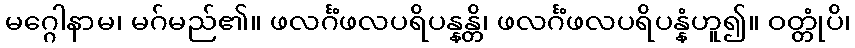
မဂ္ဂေါနာမ၊ မဂ်မည်၏။ ဖလင်္ဂံဖလပရိပန္နန္တိ၊ ဖလင်္ဂံဖလပရိပန္နံဟူ၍။ ဝတ္တုံပိ၊